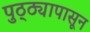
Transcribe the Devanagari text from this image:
पुठ्ठ्यापासून